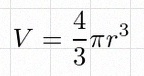
V=\frac43\pi r^3